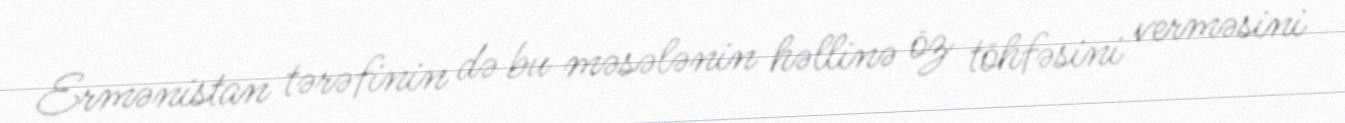
Ermənistan tərəfinin də bu məsələnin həllinə öz töhfəsini verməsini